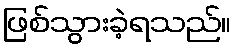
ဖြစ်သွားခဲ့ရသည်။